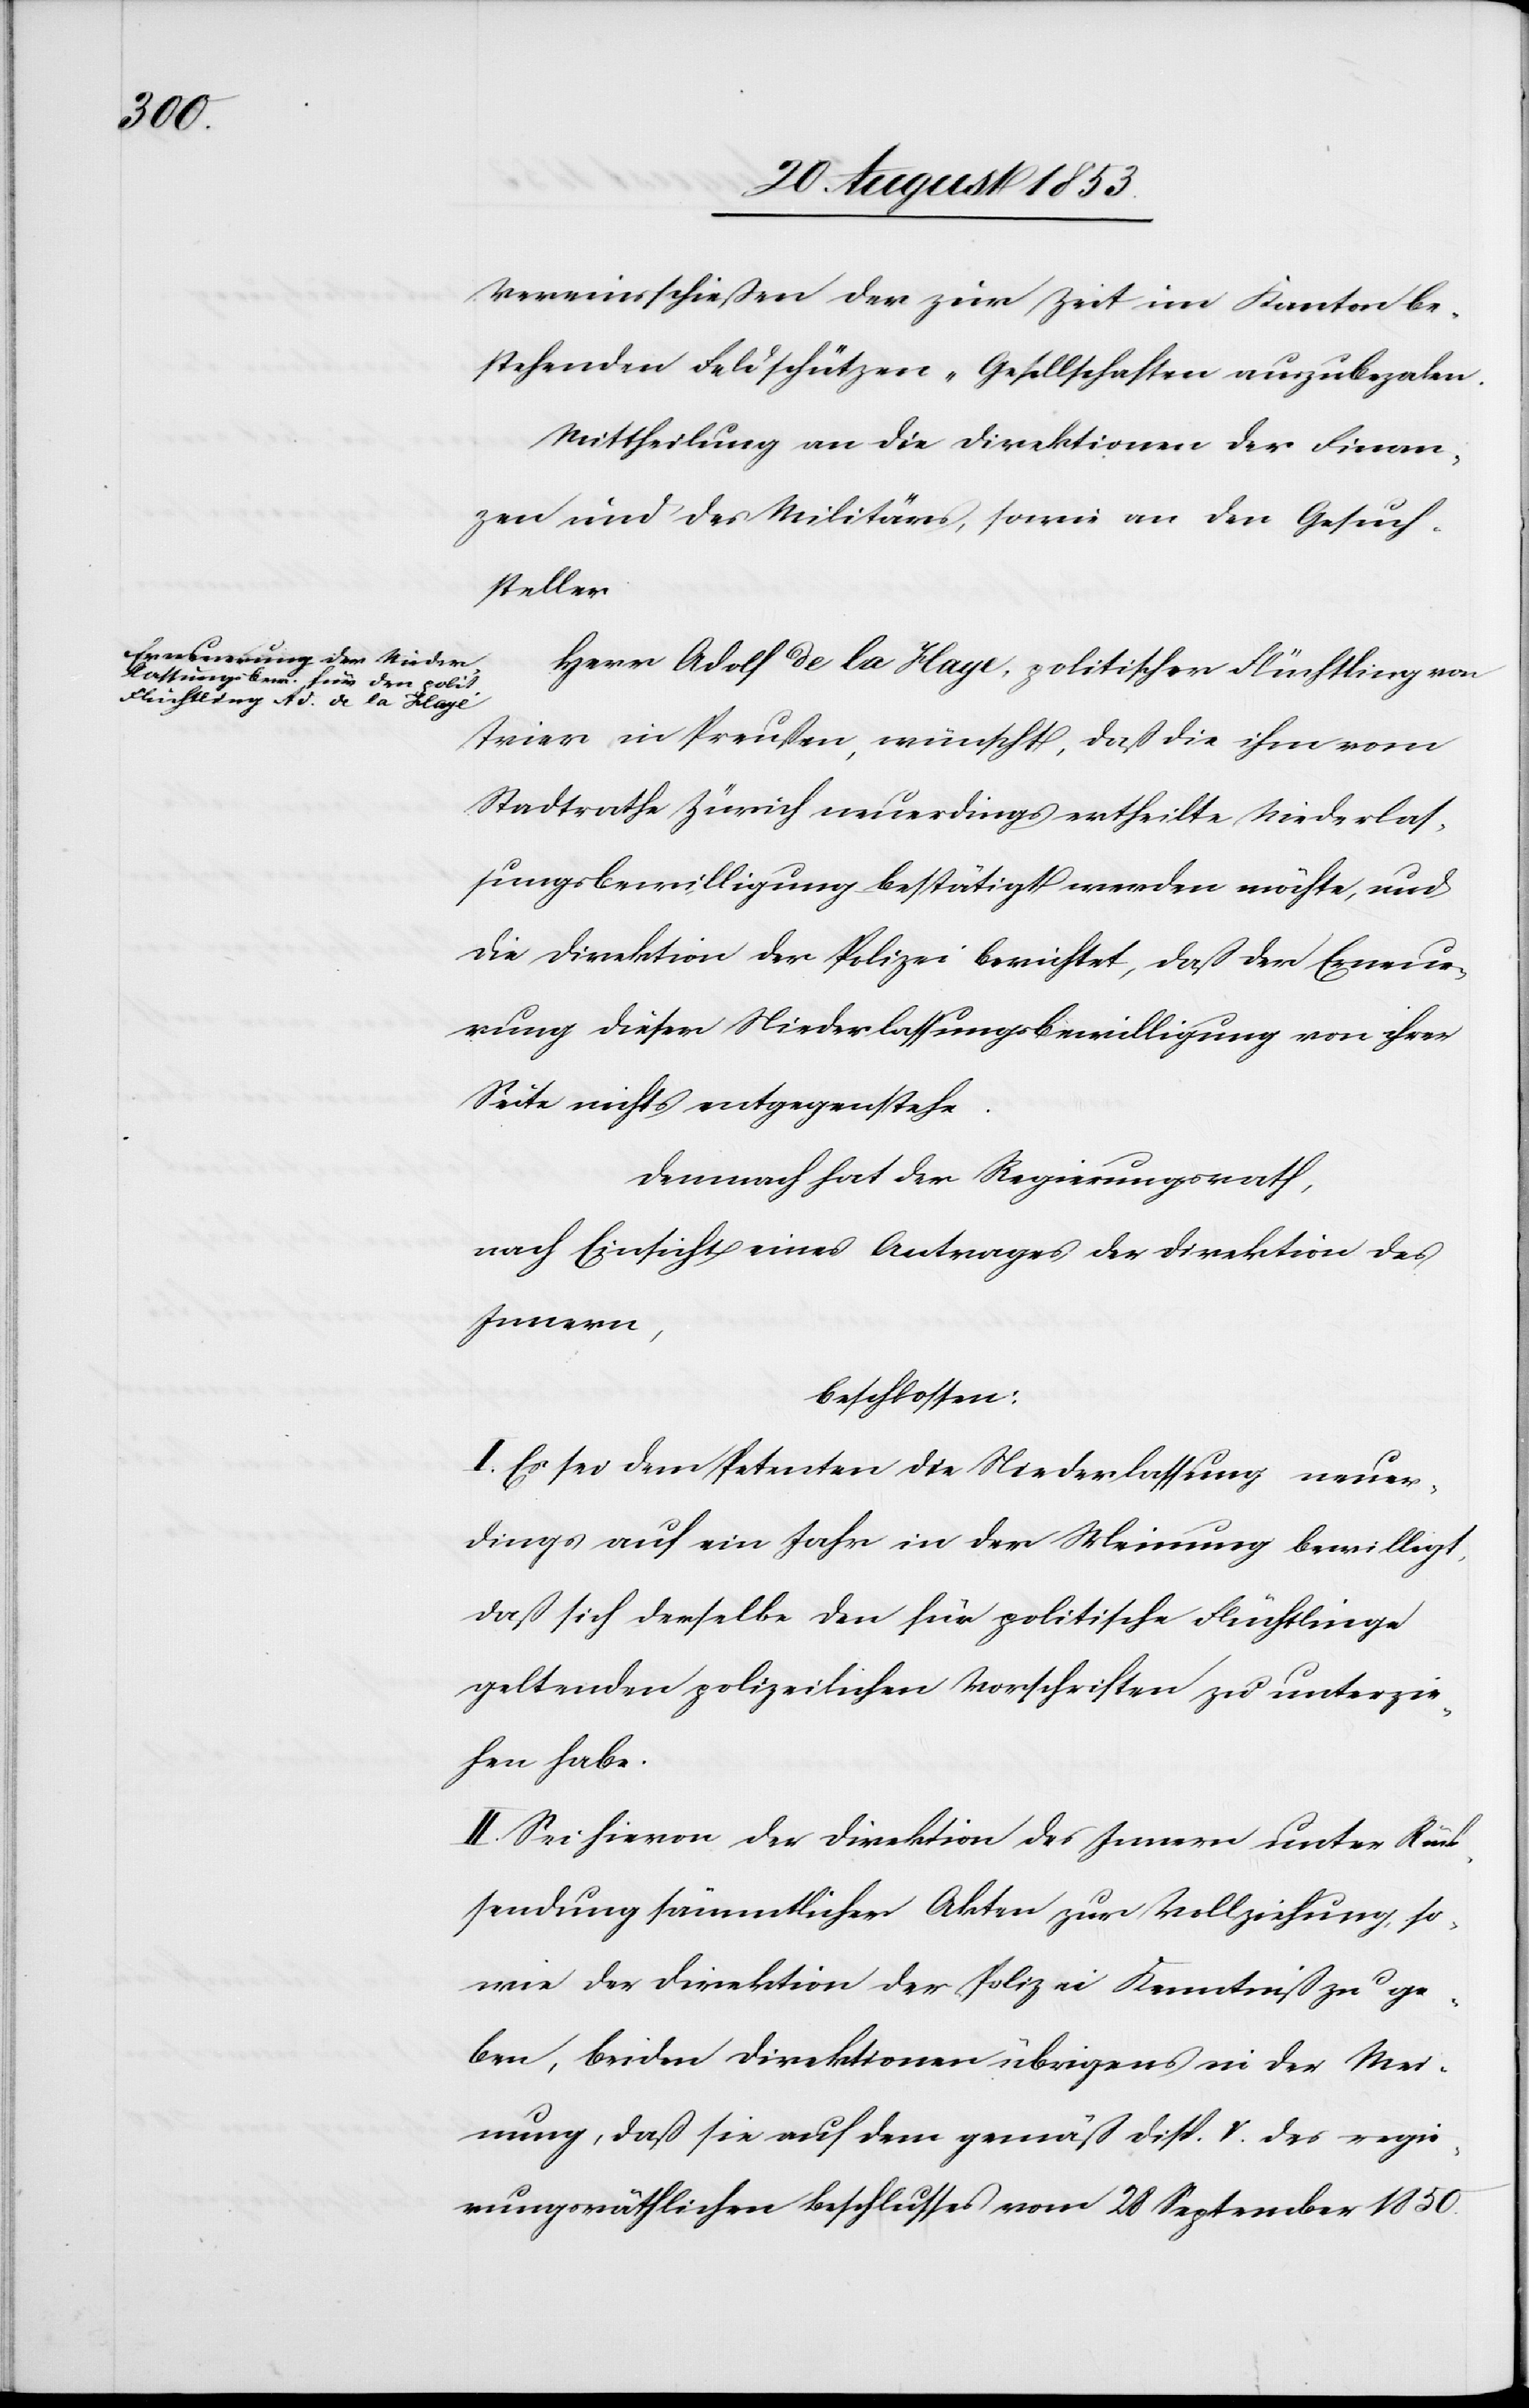
Vereinsschießen der zur Zeit im Kanton be¬
stehenden Feldschützen-Gesellschaften auszubezalen.
Mittheilung an die Direktionen der Finan¬
zen und des Militärs, sowie an den Gesuch¬
steller.
Herr Adolf de la Haye, politischer Flüchtling von
Trier in Preußen, wünscht, daß die ihm vom
Stadtrathe Zürich neuerdings ertheilte Niederlas¬
sungsbewilligung bestätigt werden möchte, und
die Direktion der Polizei berichtet, daß der Erneue¬
rung dieser Niederlaßungsbewilligung von ihrer
Seite nichts entgegenstehe.
Demnach hat der Regierungsrath,
nach Einsicht eines Antrages der Direktion des
Innern,
beschlossen:
I. Es sei dem Petenten die Niederlassung neuer¬
dings auf ein Jahr in der Meinung bewilligt,
daß sich derselbe den für politische Flüchtlinge
geltenden polizeilichen Vorschriften zu unterzie¬
hen habe.
II. Sei hievon der Direktion des Innern unter Rück¬
sendung sämmtlicher Akten zur Vollziehung, so¬
wie der Direktion der Polizei in Kenntniß zu ge¬
ben, beiden Direktionen übrigens in der Mei¬
nung, daß sie auf dem gemäß Disp. V. des regie¬
rungsräthlichen Beschlusses vom 28 September 1850